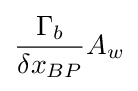
{\frac {\Gamma _{b}}{\delta x_{BP}}}A_{w}